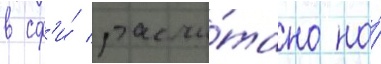
в сф'и́ рассчи́тано на́